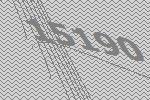
15190